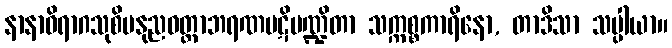
နာနာဝိရာဂသုစိမနုညဝတ္ထာဘရဏပဋိမဏ္ဍိတာ သက္ကစ္စကာရိနော, တာဒိသာ သပ္ပါယာ။